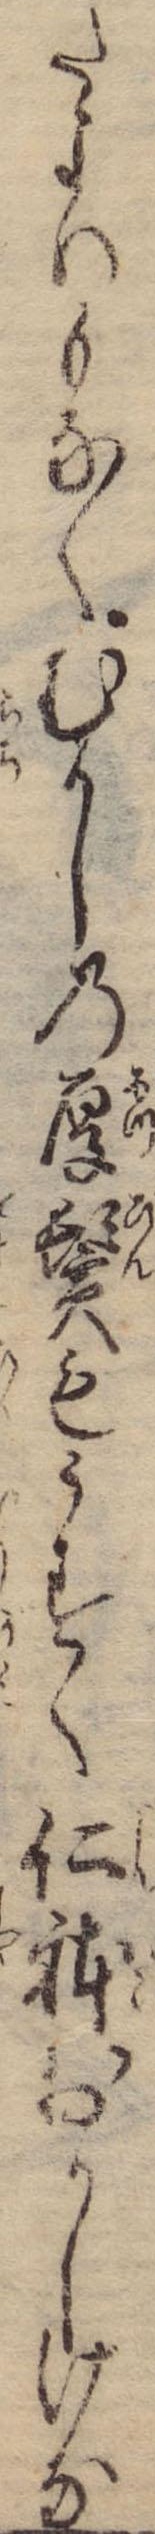
たよりもなくむかしの厚鬢もうすく仁体おかしけな